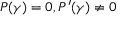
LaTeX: P ( \gamma ) = 0 , P ^ { \prime } ( \gamma ) \neq 0